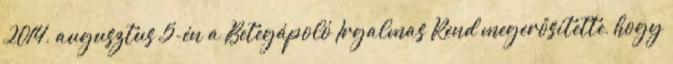
2014. augusztus 5-én a Betegápoló Irgalmas Rend megerősítette, hogy